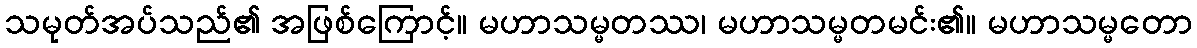
သမုတ်အပ်သည်၏ အဖြစ်ကြောင့်။ မဟာသမ္မတဿ၊ မဟာသမ္မတမင်း၏။ မဟာသမ္မတော